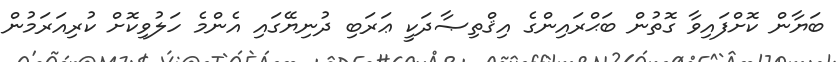
ބަޔާން ކޮށްފައިވާ ގޮތުން ބަޙްރައިންގެ އިޤްތިޞާދަކީ ޢަރަބި ދުނިޔޭގައި އެންމެ ހަލުވިކޮށް ކުރިއަރަމުން